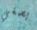
يصغي